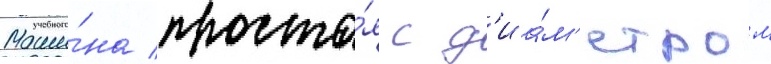
Маши́на проста́я с д'иа́м'етром